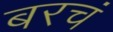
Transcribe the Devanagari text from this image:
बरचं